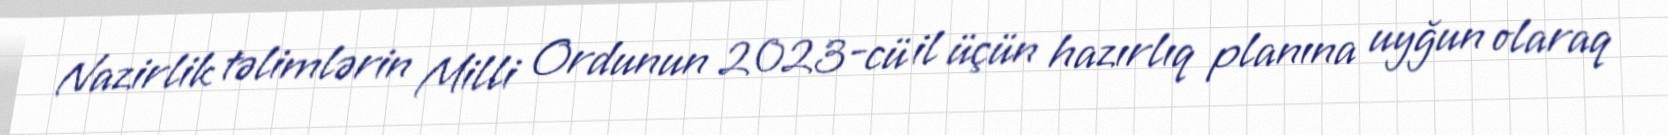
Nazirlik təlimlərin Milli Ordunun 2023-cü il üçün hazırlıq planına uyğun olaraq